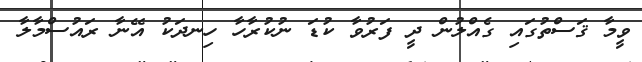
ވީމާ ޤަސްތުގައި ގެއްލުން ދީ ފަރުވާ ކުޑަ ނުކުރާހާ ހިނދަކު އޭނާ ރައުސްމާލާ